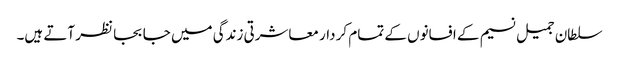
سلطان جمیل نسیم کے افسانوں کے تمام کر دار معاشرتی زندگی میں جا بجا نظر آتے ہیں۔